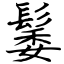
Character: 䰀